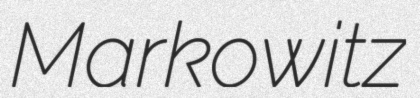
Markowitz